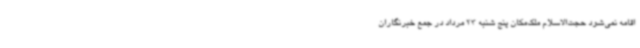
اقامه نمی‌شود حجت‌الاسلام ملک‌مکان پنج شنبه 23 مرداد در جمع خبرنگاران